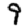
Digit: 9